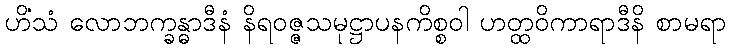
ဟိံသံ လောဘက္ခန္ဓာဒီနံ နိရဝဇ္ဇသမုဋ္ဌာပနကိစ္စဝါ ဟတ္ထဝိကာရာဒီနိ စာမရာ